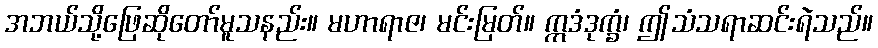
အဘယ်သို့ဖြေဆိုတော်မူသနည်း။ မဟာရာဇ၊ မင်းမြတ်။ ဣဒံဒုက္ခံ၊ ဤသံသရာဆင်းရဲသည်။